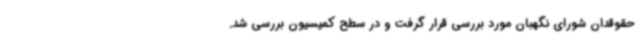
حقوقدان شورای نگهبان مورد بررسی قرار گرفت و در سطح کمیسیون بررسی شد.